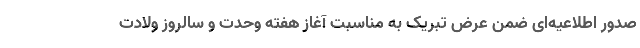
صدور اطلاعیه‌ای ضمن عرض تبریک به مناسبت آغاز هفته وحدت و سالروز ولادت